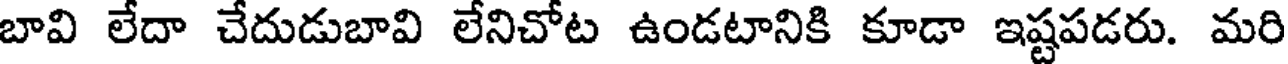
బావి లేదా చేదుడుబావి లేనిచోట ఉండటానికి కూడా ఇష్టపడరు. మరి